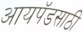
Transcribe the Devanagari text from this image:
आयपॅडसाठी